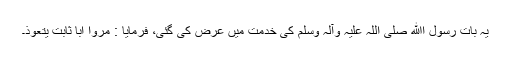
یہ بات رسول اﷲ صلی اللہ علیہ وآلہ وسلم کی خدمت میں عرض کی گئی، فرمایا : مُروا ابا ثابت یتعوّذ۔